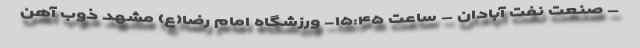
– صنعت نفت آبادان – ساعت ۱۵:۴۵- ورزشگاه امام رضا(ع) مشهد ذوب آهن